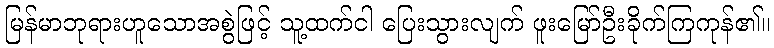
မြန်မာဘုရားဟူသောအစွဲဖြင့် သူ့ထက်ငါ ပြေးသွားလျက် ဖူးမြော်ဦးခိုက်ကြကုန်၏။